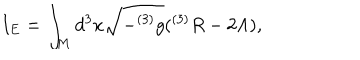
I _ { E } = \int _ { M } d ^ { 3 } x \sqrt { - ^ { ( 3 ) } g } ( ^ { ( 3 ) } R - 2 \Lambda ) ,